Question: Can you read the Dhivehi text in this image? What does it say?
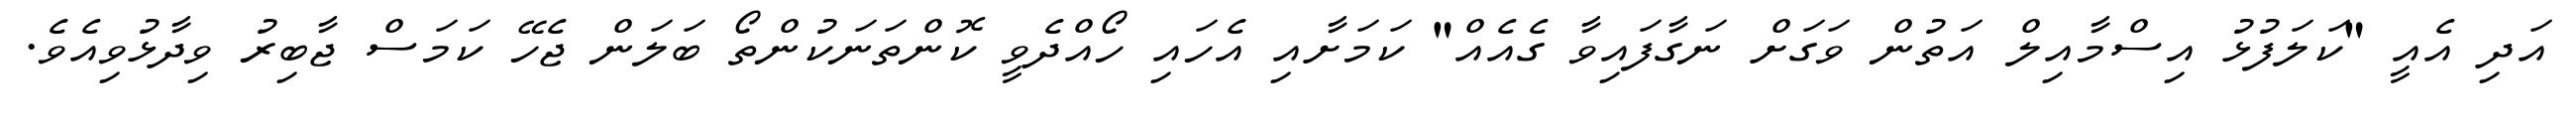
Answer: އަދި އެއީ "ކަލަފުޅު އިސްމާއިލް އަތުން ވަގަށް ނަގާފައިވާ ގެއެއް" ކަމަށާއި އެހައި ހޯއްދެވީ ކޮންތަނަކުންތޯ ބަލަން ޖެހޭ ކަމަސް ޖާބިރު ވިދާޅުވިއެވެ.